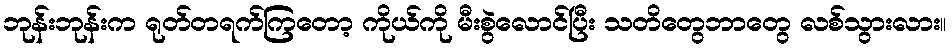
ဘုန်းဘုန်းက ရုတ်တရက်ကြတော့ ကိုယ်ကို မီးစွဲလောင်ပြီး သတိတွေဘာတွေ လစ်သွားလား။